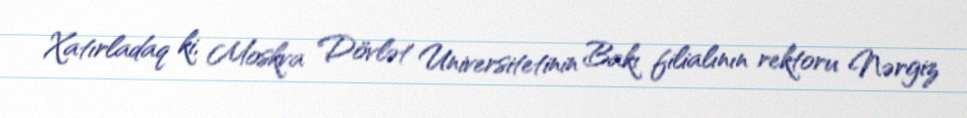
Xatırladaq ki, Moskva Dövlət Universitetinin Bakı filialının rektoru Nərgiz